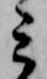
ミ